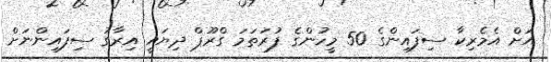
އަށް އެމެރިކާ ސިފައިންގެ 50 މީހުންގެ ފުރަތަމަ ގްރޫޕް ދިޔައީ އިރާގު ސިފައިންނަށް